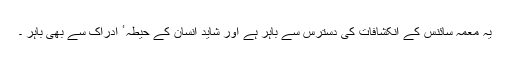
یہ معمہ سائنس کے انکشافات کی دسترس سے باہر ہے اور شاید انسان کے حیطہ ٴ ادراک سے بھی باہر ۔